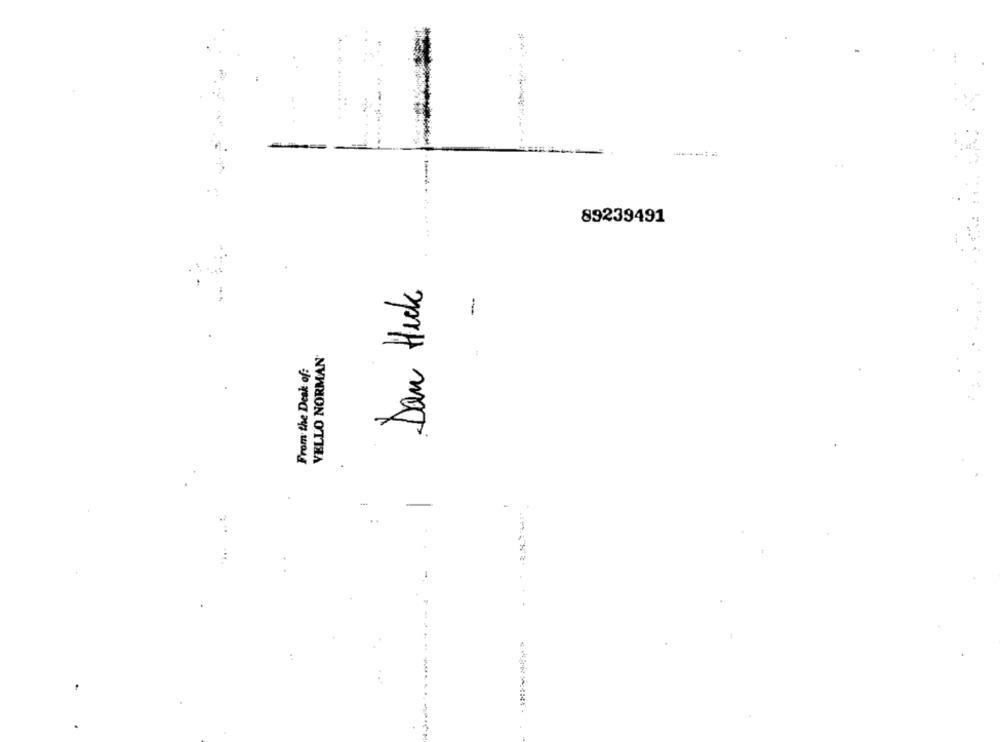
....
89239491
Dan Heck
-
VELLO NORMAN
From the Desk of:
-
..
----
*.--------